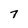
Character: 7